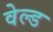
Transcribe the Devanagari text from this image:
वेल्‍ड